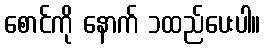
စောင်ကို နောက် ၁ထည်ပေးပါ။